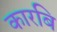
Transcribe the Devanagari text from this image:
कारबि